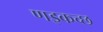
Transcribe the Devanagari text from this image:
णइकच्छ